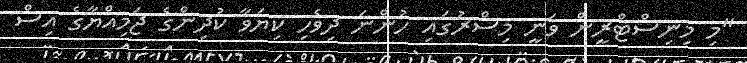
"މި މިނިސްޓްރީން ވަނީ މިސްރުގައި ހުންނަ ދިވެހި ކިޔަވާ ކުދިންގެ ޖަމިއްޔާގެ އިސް